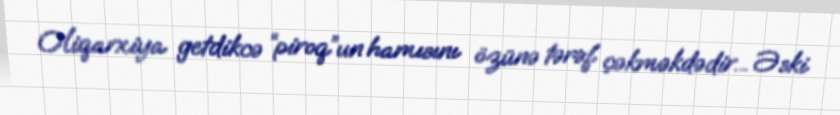
Oliqarxiya getdikcə “piroq”un hamısını özünə tərəf çəkməkdədir... Əski